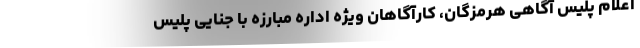
اعلام پلیس آگاهی هرمزگان، کارآگاهان ویژه اداره مبارزه با جنایی پلیس